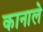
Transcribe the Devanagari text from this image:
कानाले